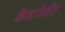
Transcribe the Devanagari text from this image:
कैन्‍टोमेंट